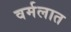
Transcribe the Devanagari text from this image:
वर्मलात